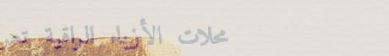
محلات الأزياء الراقية تعر